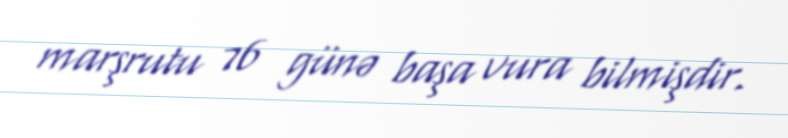
marşrutu 76 günə başa vura bilmişdir.